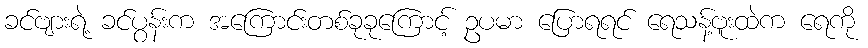
ခင်ဗျားရဲ့ ခင်ပွန်းက အကြောင်းတစ်ခုခုကြောင့် ဥပမာ ပြောရရင် ရေသန့်ဗူးထဲက ရေကို